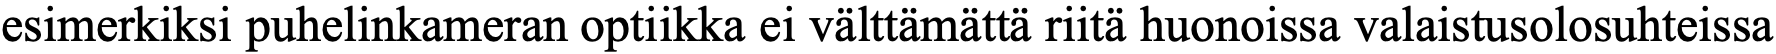
esimerkiksi puhelinkameran optiikka ei välttämättä riitä huonoissa valaistusolosuhteissa